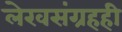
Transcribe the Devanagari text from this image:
लेखसंग्रहही